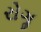
રોગૢ